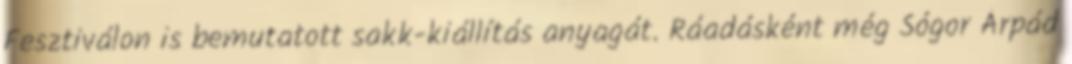
Fesztiválon is bemutatott sakk-kiállítás anyagát. Ráadásként még Sógor Árpád